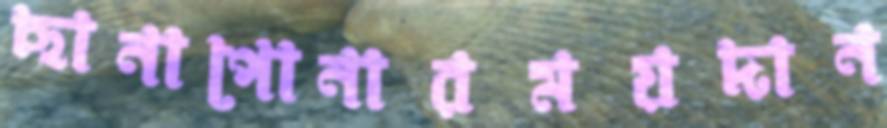
ছানাপোনারময়দান